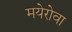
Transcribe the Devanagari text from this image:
मयेरोवा